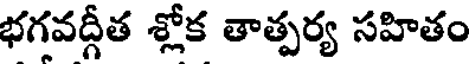
భగవద్గీత శ్లోక తాత్పర్య సహితం